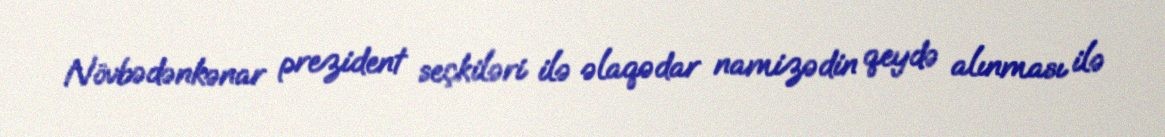
Növbədənkənar prezident seçkiləri ilə əlaqədar namizədin qeydə alınması ilə